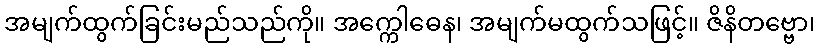
အမျက်ထွက်ခြင်းမည်သည်ကို။ အက္ကေါဓေန၊ အမျက်မထွက်သဖြင့်။ ဇိနိတဗ္ဗော၊